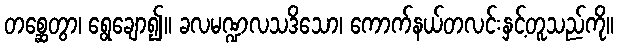
တစ္ဆေတွာ၊ ရွေချော၍။ ခလမဏ္ဍလသဒိသော၊ ကောက်နယ်တလင်းနှင့်တူသည်ကို။